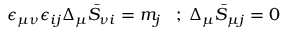
\epsilon _ { \mu \nu } \epsilon _ { i j } \Delta _ { \mu } \bar { S } _ { \nu i } = m _ { j } \; \; \; ; \; \Delta _ { \mu } \bar { S } _ { \mu j } = 0